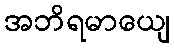
အဘိရမာယျေ